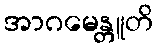
အာဂမေန္တူတိ